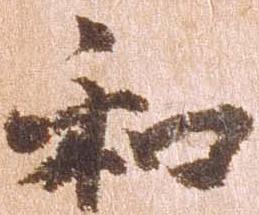
和